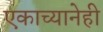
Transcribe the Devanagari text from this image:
एकाच्यानेही